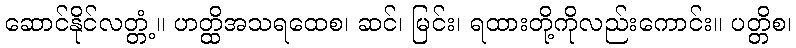
ဆောင်နိုင်လတ္တံ့။ ဟတ္ထိအသရထေစ၊ ဆင်၊ မြင်း၊ ရထားတို့ကိုလည်းကောင်း။ ပတ္တိစ၊